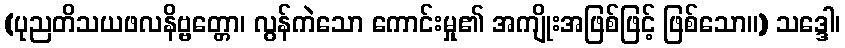
(ပုညတိသယဖလနိဗ္ဗတ္တော၊ လွန်ကဲသော ကောင်းမှု၏ အကျိုးအဖြစ်ဖြင့် ဖြစ်သော။) သဒ္ဒေါ၊